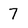
Character: 7